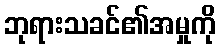
ဘုရားသခင်၏အမှုကို